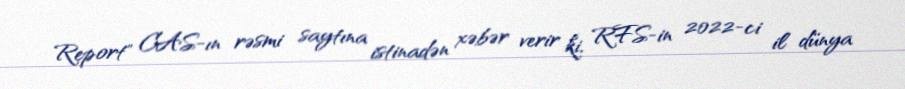
Report" CAS-ın rəsmi saytına istinadən xəbər verir ki, RFS-in 2022-ci il dünya